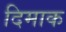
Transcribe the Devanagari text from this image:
दिमाक